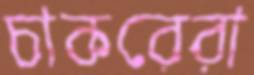
চাকরেরা